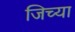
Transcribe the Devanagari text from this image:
जिच्‍या